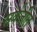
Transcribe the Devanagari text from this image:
सर्वजीत